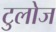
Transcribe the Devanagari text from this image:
टुलोज